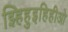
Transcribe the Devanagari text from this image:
झ्हिहुइहिहीओ